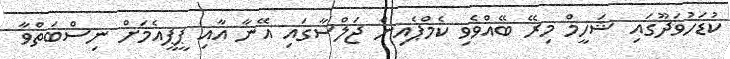
ކުޑަހުވަދޫގައި ޝަހީމް މިރޭ ބޭއްވެވި ކެމްޕެއިން ޖަލްސާގައި އޭނާ އާއި ޕީޕީއެމަށް ނިސްބަތްވާ